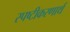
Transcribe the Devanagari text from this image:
स्पष्टीकरणार्थ